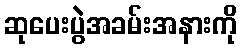
ဆုပေးပွဲအခမ်းအနားကို